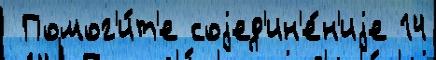
 Помог'и́т'е соjед'ин'е́н'иjе 14